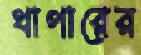
থাপারের